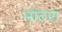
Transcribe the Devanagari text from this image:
नांदरा